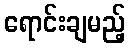
ရောင်းချမည့်